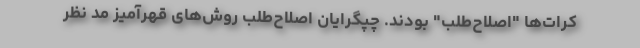
کرات‌ها "اصلاح‌طلب" بودند. چپگرایان اصلاح‌طلب روش‌های قهرآمیز مد نظر